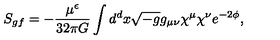
S _ { g f } = - { \frac { \mu ^ { \epsilon } } { 3 2 \pi G } } \int d ^ { d } x \sqrt { - g } g _ { \mu \nu } \chi ^ { \mu } \chi ^ { \nu } e ^ { - 2 \phi } ,